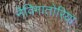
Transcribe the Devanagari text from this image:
नेविगातोरिया